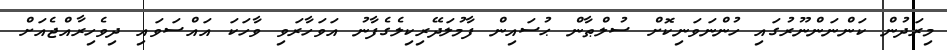
މިރަދުން ކަންނަންނޫރުގައި ހުންނަވަނިކޮށް ސުލްޠާން ޙުސައިން ފާމުލަދޭރިކިލެގެފާނު އަވަހާރަވި ވާހަކަ އައްސަވައި ދިވެހިރާއްޖެއަށް